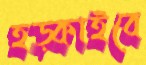
হড়্‌কাইবে